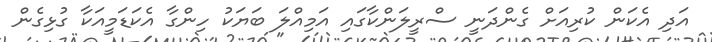
އަދި އެކަން ކުރިއަށް ގެންދަނީ ސްރީލަންކާގައި އަމިއްލަ ބަޔަކު ހިންގާ އެކަޑަމީއަކާ ގުޅިގެން